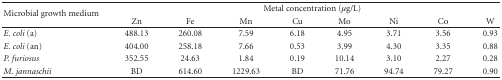
<table><thead><tr><td rowspan="2"><b>Microbial growth medium</b></td><td colspan="8"><b>Metal concentration (<i>μ</i>g/L)</b></td></tr><tr><td><b>Zn</b></td><td><b>Fe</b></td><td><b>Mn</b></td><td><b>Cu</b></td><td><b>Mo</b></td><td><b>Ni</b></td><td><b>Co</b></td><td><b>W</b></td></tr></thead><tbody><tr><td><i>E. coli </i>(a)</td><td>488.13</td><td>260.08</td><td>7.59</td><td>6.18</td><td>4.95</td><td>3.71</td><td>3.56</td><td>0.93</td></tr><tr><td><i>E. coli </i>(an)</td><td>404.00</td><td>258.18</td><td>7.66</td><td>0.53</td><td>3.99</td><td>4.30</td><td>3.35</td><td>0.88</td></tr><tr><td><i>P. furiosus </i></td><td>352.55</td><td>24.63</td><td>1.84</td><td>0.19</td><td>10.14</td><td>3.10</td><td>2.27</td><td>0.28</td></tr><tr><td><i>M. jannaschii </i></td><td>BD</td><td>614.60</td><td>1229.63</td><td>BD</td><td>71.76</td><td>94.74</td><td>79.27</td><td>0.90</td></tr></tbody></table>